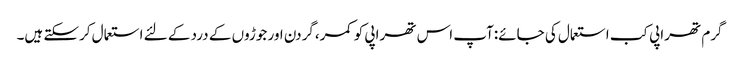
گرم تھراپی کب استعمال کی جائے:آپ اس تھراپی کو کمر،گردن اور جوڑوں کے درد کے لئے استعمال کرسکتے ہیں۔